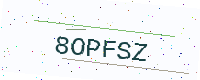
Text: 8OPFSZ